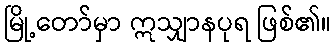
မြို့တော်မှာ ဣသျှာနပုရ ဖြစ်၏။